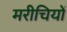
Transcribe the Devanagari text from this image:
मरीचियों